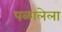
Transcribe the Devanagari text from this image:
पळालेला